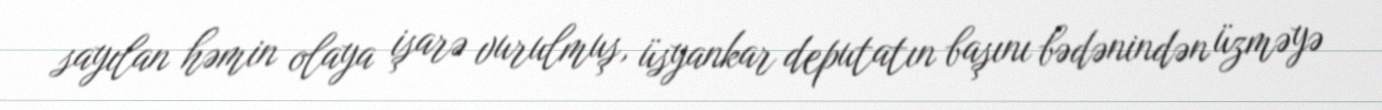
sayılan həmin olaya işarə vurulmuş, üsyankar deputatın başını bədənindən üzməyə